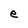
Character: e